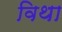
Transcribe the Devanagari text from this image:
विथा